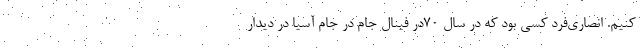
كنيم. انصاري‌فرد كسي بود كه در سال ۷۰در فينال جام در جام آسيا در ديدار